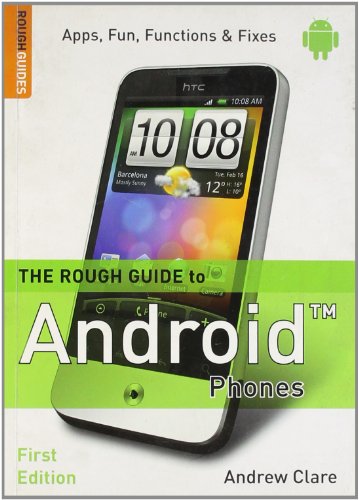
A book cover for The Rough Guide to Android Phones (Rough Guides Reference); Andrew Clare; Computers & Technology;